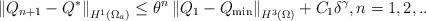
LaTeX: \begin{align*}\left\Vert Q_{n+1}-Q^{\ast }\right\Vert _{H^{1}\left( \Omega _{a}\right)}\leq \theta ^{n}\left\Vert Q_{1}-Q_{\min }\right\Vert _{H^{3}\left( \Omega\right) }+C_{1}\delta ^{\gamma },n=1,2,.. \end{align*}